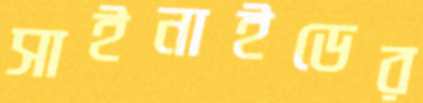
সাইনাইডের